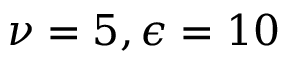
\nu = 5 , \epsilon = 1 0